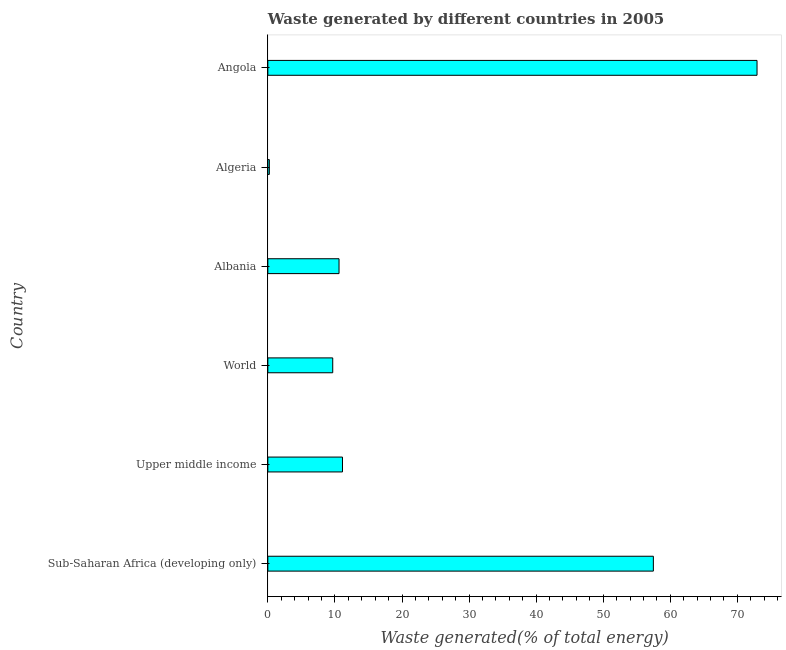
| Country | Combustible renewables and waste (% of total energy) |
 | --- | --- |
 | Sub-Saharan Africa (developing only) | 57.5 |
 | Upper middle income | 11.1 |
 | World | 9.67 |
 | Albania | 10.6 |
 | Algeria | 0.221 |
 | Angola | 72.9 |